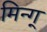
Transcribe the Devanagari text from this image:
मिन्ग्